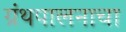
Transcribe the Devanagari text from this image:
ग्रंथपालनाचा